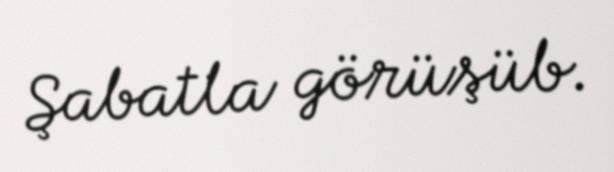
Şabatla görüşüb.